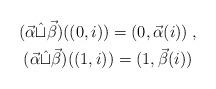
LaTeX: \begin{align*}\begin{gathered}(\vec{\alpha}\hat\sqcup \vec{\beta})((0,i)) = (0,\vec\alpha(i))\;,\\(\vec{\alpha}\hat\sqcup \vec{\beta})((1,i)) = (1,\vec\beta(i))\\\end{gathered}\end{align*}